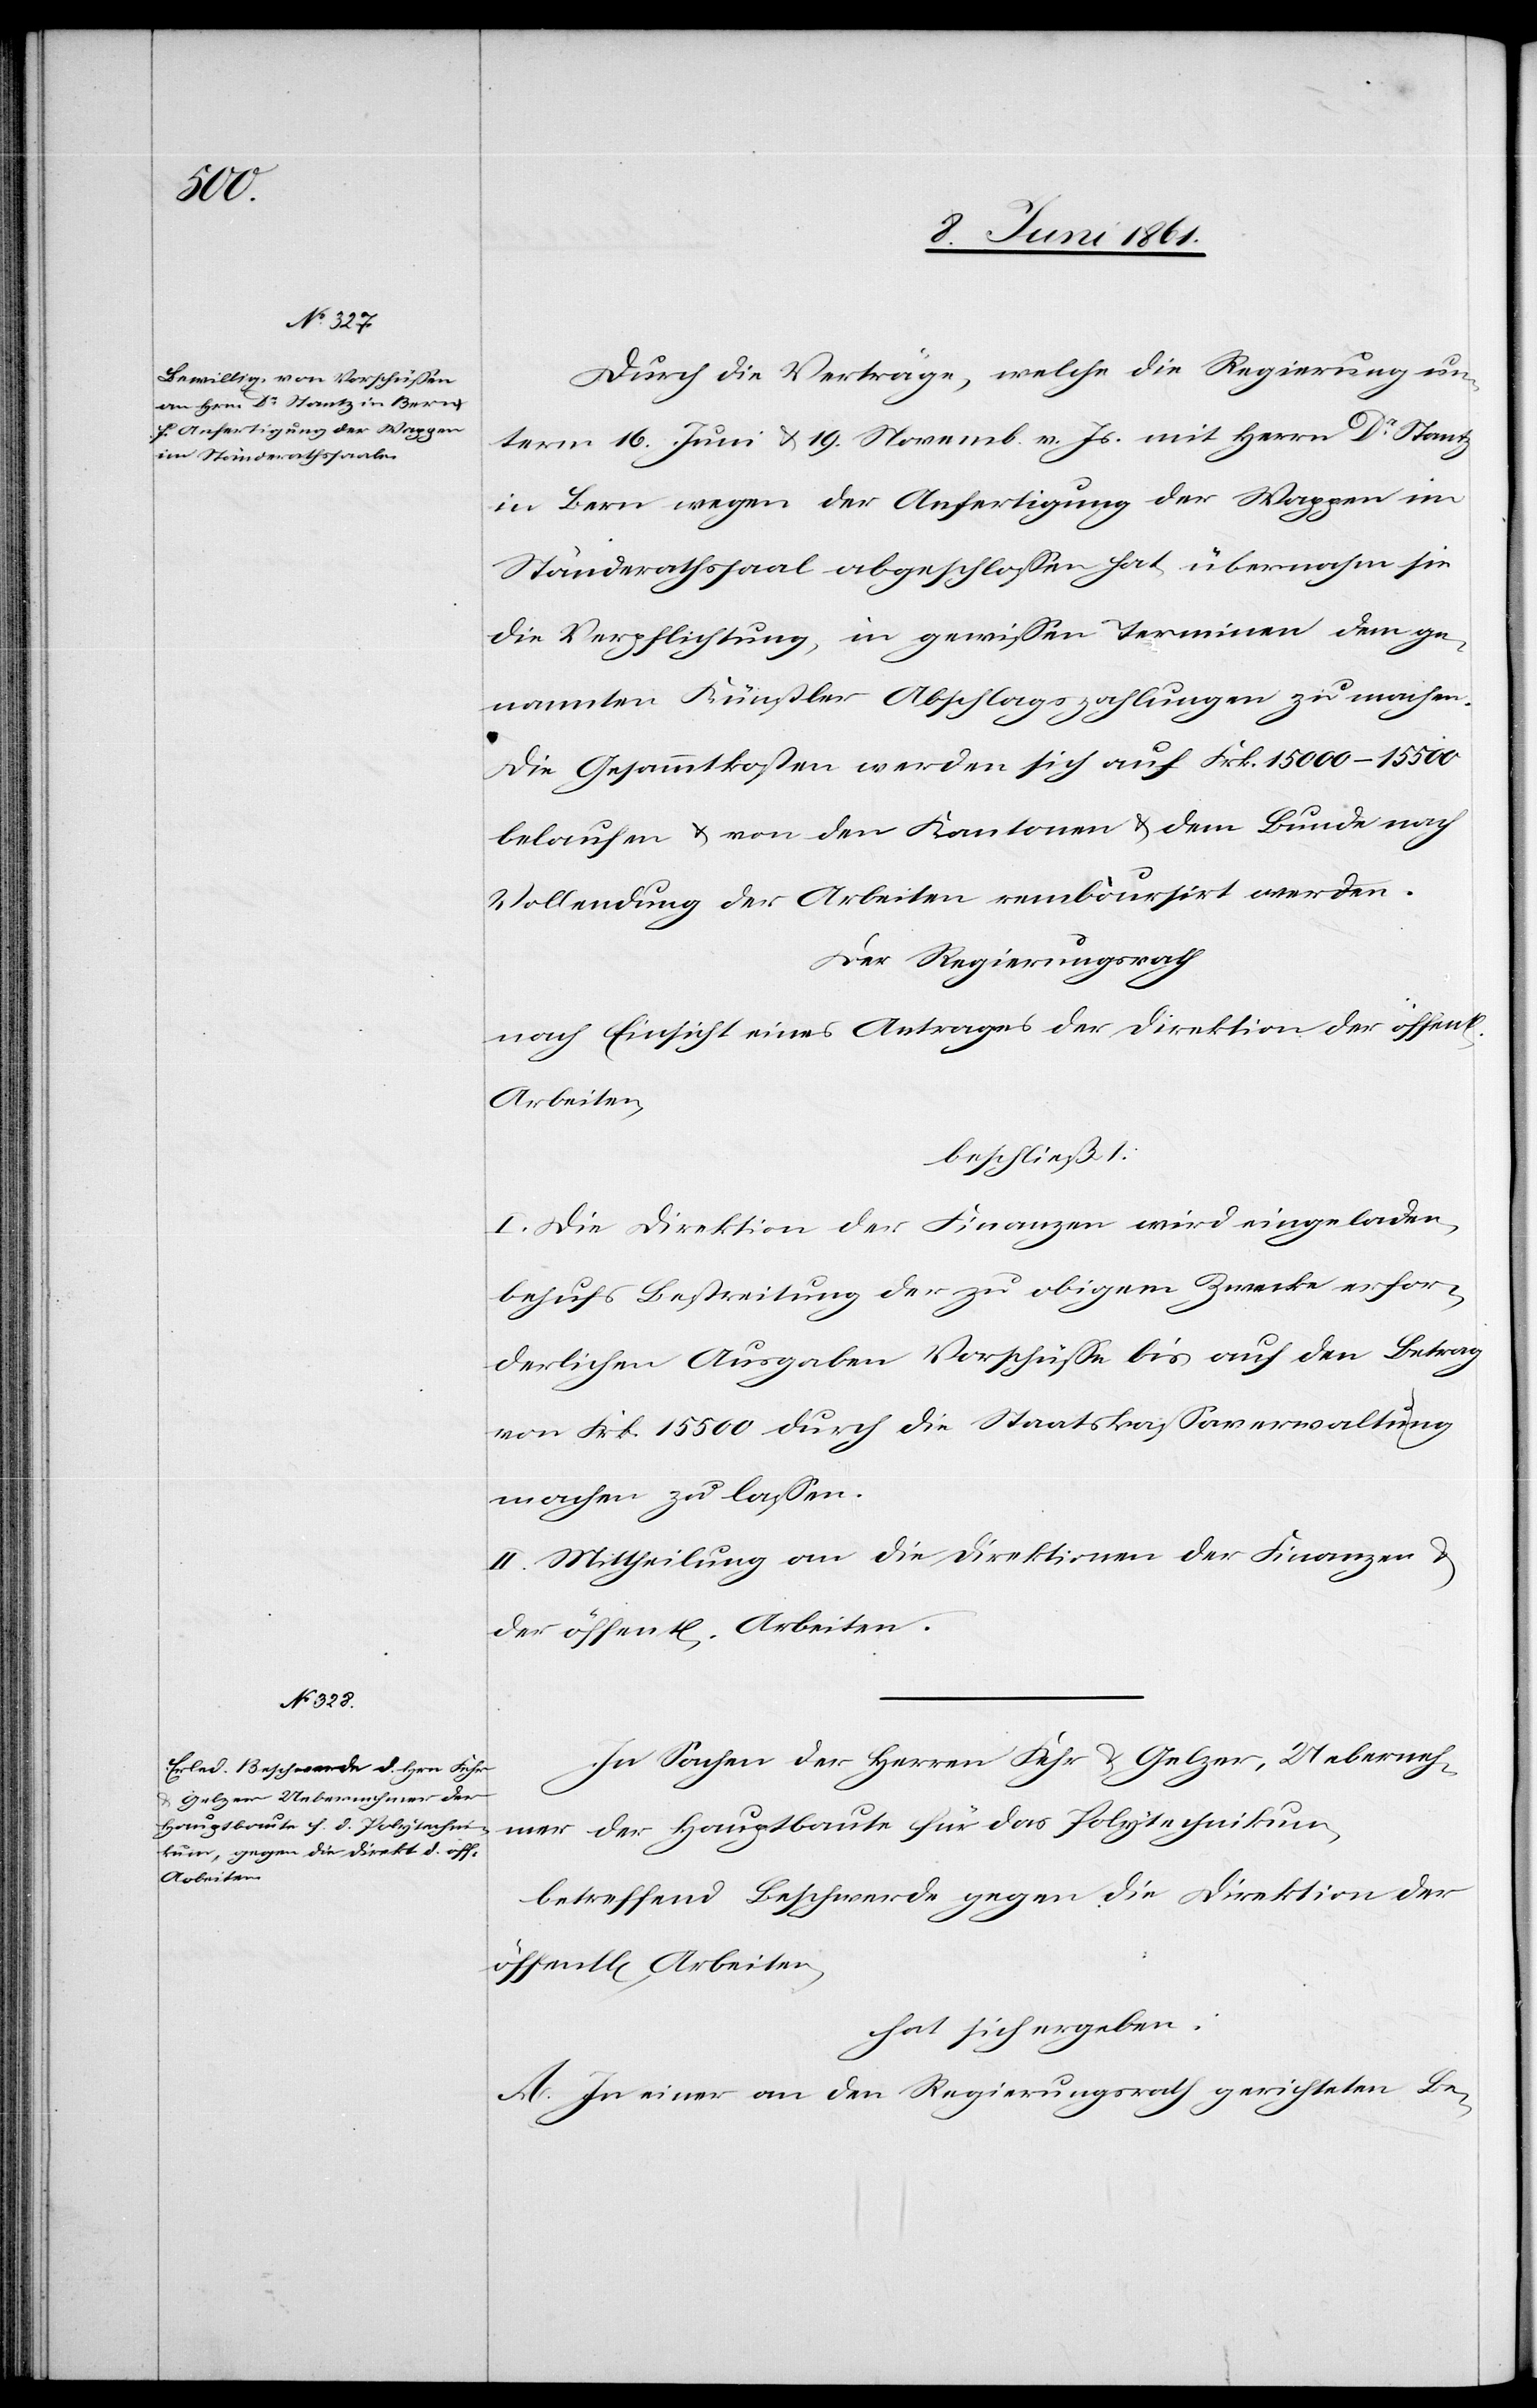
der
Arbeiten.

Durch die Verträge, welche die Regierung un¬
term 16. Juni u. 19. Novemb. v. Js. mit Herrn Dr. Stantz
in Bern wegen der Anfertigung der Wappen im
Ständerathssaal abgeschlossen hat, übermachen sie
die Verpflichtung, in gewissen Terminen dem ge¬
nannten Künstler Abschlagszahlungen zu machen.
Die Gesammtkosten werden sich auf Frk. 15 000–15 500
belaufen u. von den Kantonen u. dem Bunde nach
Vollendung der Arbeiten remboursirt werden.
Der Regierungsrath
nach Einsicht eines Antrages der Direktion der öffen¬
Arbeiten,
beschließt:
I. Die Direktion der Finanzen wird eingeladen,
behufs Bestreitung der zu obigem Zwecke erfor¬
derlichen Ausgaben Vorschüsse bis auf den Betrag
von Frk. 15 000 durch die Staatskassaverwaltung
machen zu lassen.
II. Mittheilung an die Direktion der Finanzen u.
In Sachen der Herren Fehr u. Gelzer, Ueberneh¬
mer der Hauptbaute für das Polytechnikum,
betreffend Beschwerde gegen die Direktion der
hat sich ergeben:
A. In einer an den Regierungsrath gerichteten Be-